system: You are a helpful assistant.
user:
Analyze the provided spectrum to determine if it is a **Carbon Star (C-type)**.

- **Key Visual Indicators of Carbon Star:**
    - **(Primary):** Strong molecular absorption from **C₂ (diatomic carbon) "Swan Bands."** This is the **defining feature** of a carbon star.
        - **(Key Bandheads):** Sharp absorption edges are visible at approximately $5635$ Å, $5165$ Å (the strongest band), and $4737$ Å.
        - **(Line Profile):** Creates a distinct **"saw-tooth"** pattern. The key morphology is a sharp, steep bandhead on the **red (long-wavelength) side**, which then gradually tapers off (i.e., flux recovers) towards the **blue (short-wavelength) side**. *(This is the direct opposite of the TiO bands seen in M-type stars)*.

    - **(Secondary):** Intense **CN (cyanogen)** molecular absorption bands.
        - **(Key Bandheads):** Located in the blue and violet regions of the spectrum (e.g., near $4215$ Å and $3883$ Å).
        - **(Morphology):** These bands are extremely broad and act as a "blanket," absorbing the vast majority of blue and violet light. This creates a characteristic **"cliff"** or **"steep drop-off"** in the spectrum's flux at short wavelengths.

    - **(Key Confirmation):** Strong **CH absorption band (G-band)**.
        - **(Key Bandhead):** Located around $4300$ Å. The contribution from CH molecules to this band is exceptionally strong.

    - **(Overall Spectrum):**
        - The continuum is severely "chopped up" by these deep molecular bands, especially C₂, rather than appearing as a smooth curve.
        - Due to the heavy CN and C₂ absorption in the blue-green, the vast majority of the star's flux is concentrated in the red part of the spectrum, giving the star its characteristic deep red color.

Think first, call **spectral_visualization_tool** if needed to examine features in detail, then provide your final answer. Your response must adhere to the following strict rules:
1.  **Overall Structure:** Your response must follow the format `<think>...</think> <tool_call>...</tool_call> (if a tool is used) <answer>...</answer>`.
2.  **Tool Usage Constraint:** You may only make **one** tool call per turn.
3.  **Final Answer Format:** In the `<answer>` tag, your conclusion must be inside a `\boxed{}` command (e.g., `\boxed{YES}`), followed by your justification.

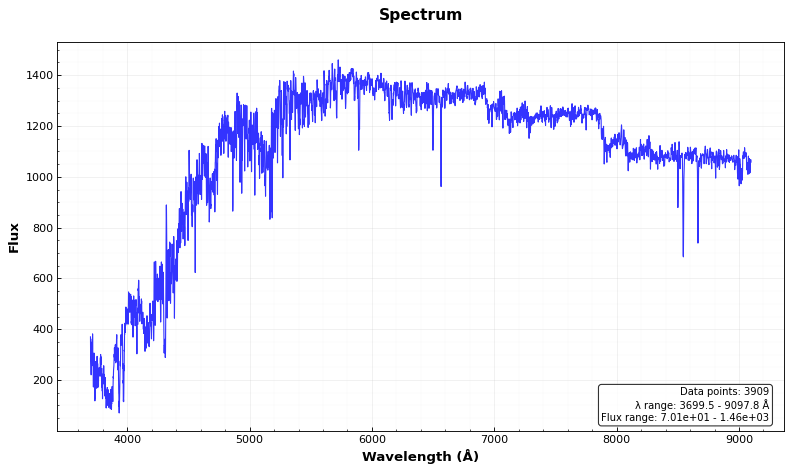
Answer: YES